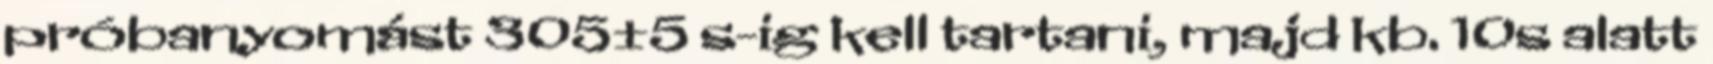
próbanyomást 305±5 s-ig kell tartani, majd kb. 10s alatt